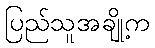
ပြည်သူအချို့က